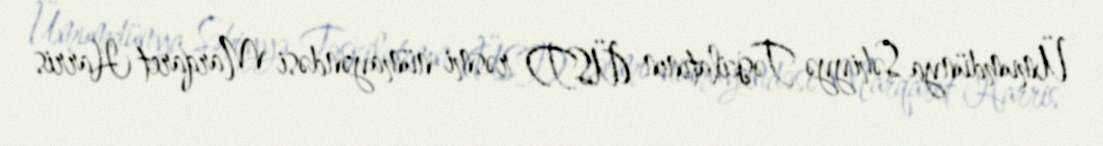
Ümumdünya Səhiyyə Təşkilatının (ÜST) rəsmi nümayəndəsi Marqaret Harris